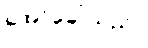
အော်ခေါ်သည်။